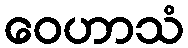
ဝေဟာသံ